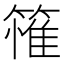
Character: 𮆄